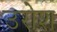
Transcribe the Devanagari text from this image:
उरोश